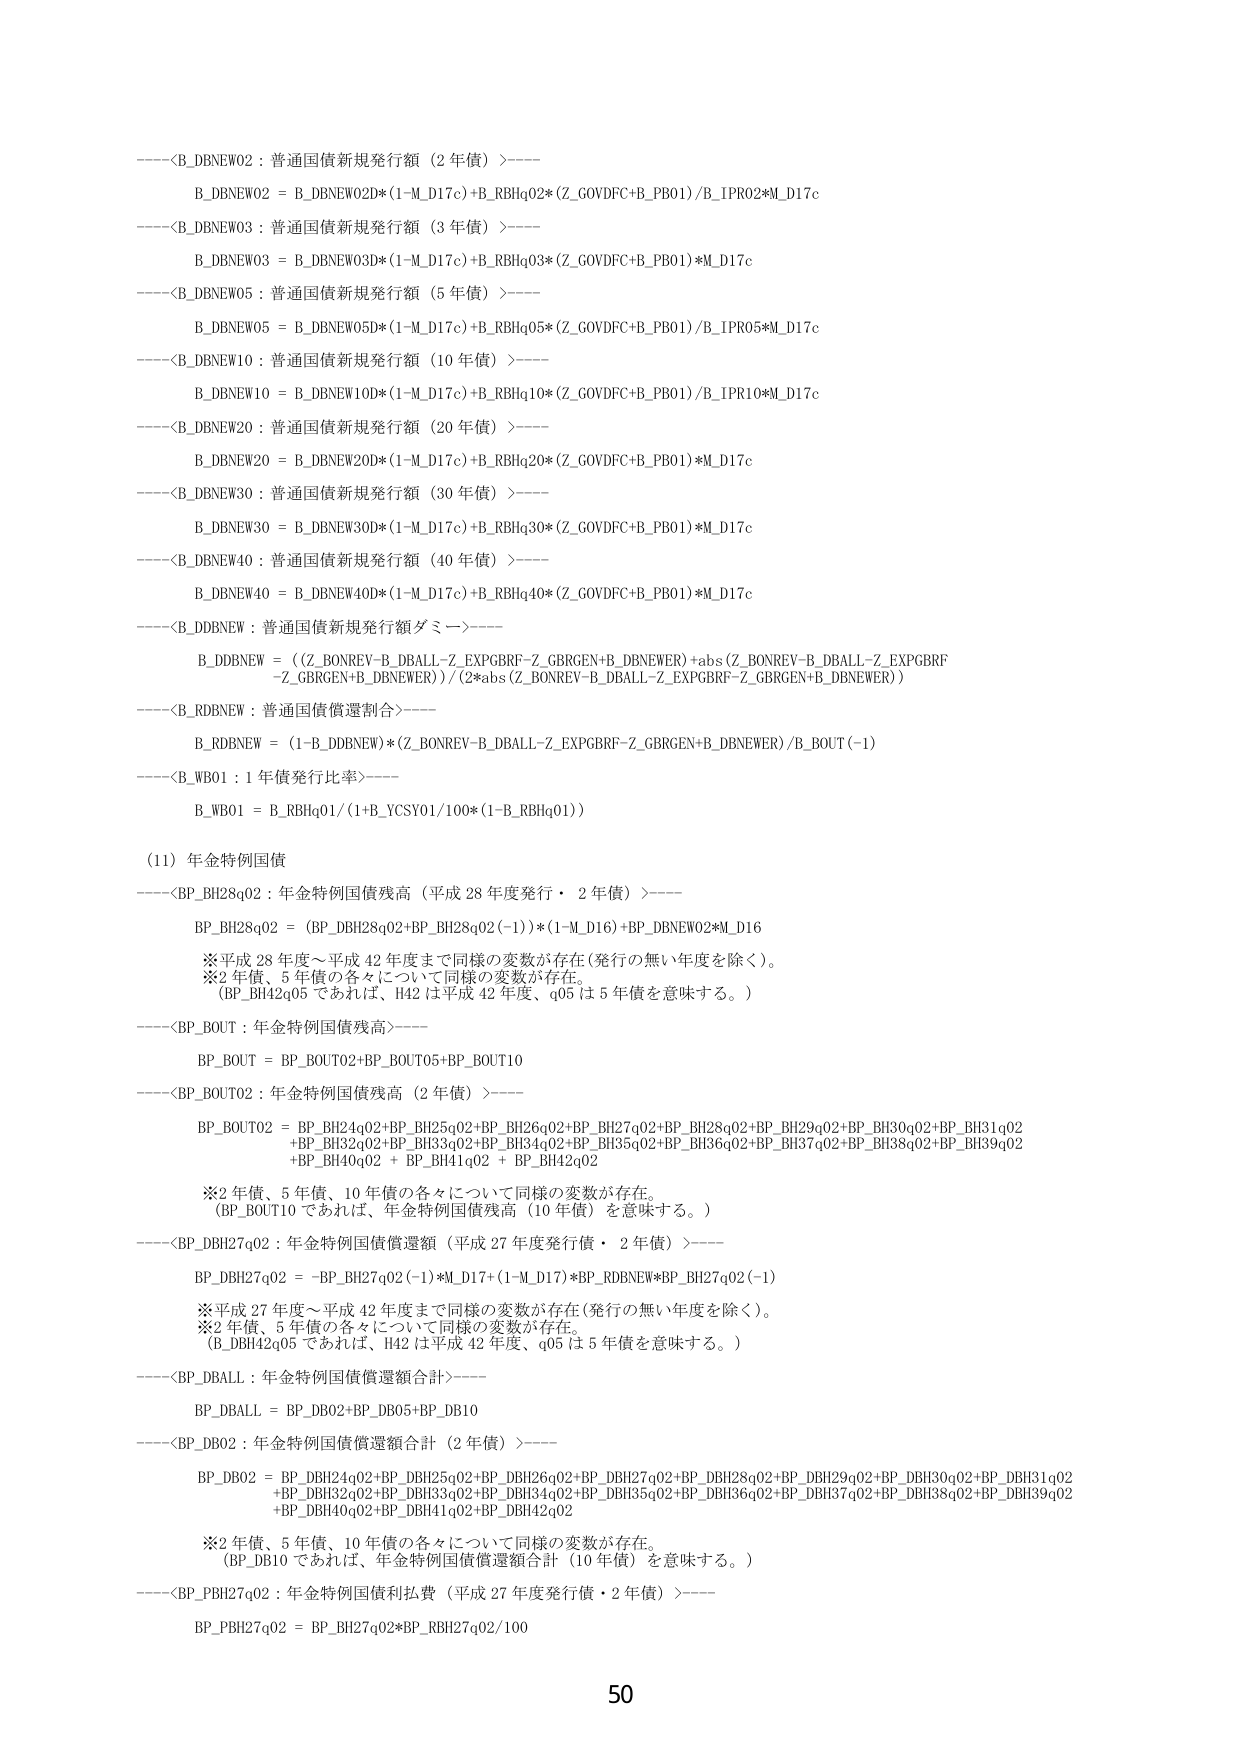
----<B_DBNEW02 : 普通国債新規発行額（2年債）>----
B_DBNEW02 = B_DBNEW02D*(1-M_D17c)+B_RBHq02*(Z_GOVDFC+B_PB01)/B_IPR02*M_D17c

----<B_DBNEW03 : 普通国債新規発行額（3年債）>----
B_DBNEW03 = B_DBNEW03D*(1-M_D17c)+B_RBHq03*(Z_GOVDFC+B_PB01)*M_D17c

----<B_DBNEW05 : 普通国債新規発行額（5年債）>----
B_DBNEW05 = B_DBNEW05D*(1-M_D17c)+B_RBHq05*(Z_GOVDFC+B_PB01)/B_IPR05*M_D17c

----<B_DBNEW10 : 普通国債新規発行額（10年債）>----
B_DBNEW10 = B_DBNEW10D*(1-M_D17c)+B_RBHq10*(Z_GOVDFC+B_PB01)/B_IPR10*M_D17c

----<B_DBNEW20 : 普通国債新規発行額（20年債）>----
B_DBNEW20 = B_DBNEW20D*(1-M_D17c)+B_RBHq20*(Z_GOVDFC+B_PB01)*M_D17c

----<B_DBNEW30 : 普通国債新規発行額（30年債）>----
B_DBNEW30 = B_DBNEW30D*(1-M_D17c)+B_RBHq30*(Z_GOVDFC+B_PB01)*M_D17c

----<B_DBNEW40 : 普通国債新規発行額（40年債）>----
B_DBNEW40 = B_DBNEW40D*(1-M_D17c)+B_RBHq40*(Z_GOVDFC+B_PB01)*M_D17c

----<B_DDBNEW : 普通国債新規発行額ダミー>----
B_DDBNEW = ((Z_BONREV-B_DBALL-Z_EXPGBRF-Z_GBRRGEN+B_DBNEWER)+abs(Z_BONREV-B_DBALL-Z_EXPGBRF-Z_GBRRGEN+B_DBNEWER))/(2*abs(Z_BONREV-B_DBALL-Z_EXPGBRF-Z_GBRRGEN+B_DBNEWER))

----<B_RDBNEW : 普通国債償還割合>----
B_RDBNEW = (1-B_DDBNEW)*(Z_BONREV-B_DBALL-Z_EXPGBRF-Z_GBRRGEN+B_DBNEWER)/B_BOUT(-1)

----<B_WB01 : 1年債発行比率>----
B_WB01 = B_RBHq01/(1+B_YCSY01/100*(1-B_RBHq01))

(11) 年金特例国債

----<BP_BH28q02 : 年金特例国債残高（平成28年度発行・2年債）>----
BP_BH28q02 = (BP_DBH28q02+BP_BH28q02(-1))*(1-M_D16)+BP_DBNEW02*M_D16
※平成28年度～平成42年度まで同様の変数が存在（発行の無い年度を除く）。
※2年債、5年債の各々について同様の変数が存在。
（BP_BH42q05であれば、H42は平成42年度、q05は5年債を意味する。）

----<BP_BOUT : 年金特例国債残高>----
BP_BOUT = BP_BOUT02+BP_BOUT05+BP_BOUT10

----<BP_BOUT02 : 年金特例国債残高（2年債）>----
BP_BOUT02 = BP_BH24q02+BP_BH25q02+BP_BH26q02+BP_BH27q02+BP_BH28q02+BP_BH29q02+BP_BH30q02+BP_BH31q02
+BP_BH32q02+BP_BH33q02+BP_BH34q02+BP_BH35q02+BP_BH36q02+BP_BH37q02+BP_BH38q02+BP_BH39q02
+BP_BH40q02 + BP_BH41q02 + BP_BH42q02
※2年債、10年債の各々について同様の変数が存在。
（BP_BOUT10であれば、年金特例国債残高（10年債）を意味する。）

----<BP_DBH27q02 : 年金特例国債償還額（平成27年度発行債・2年債）>----
BP_DBH27q02 = -BP_BH27q02(-1)*M_D17+(1-M_D17)*BP_RDBNEW*BP_BH27q02(-1)
※平成27年度～平成42年度まで同様の変数が存在（発行の無い年度を除く）。
※2年債、5年債の各々について同様の変数が存在。
（B_DBH42q05であれば、H42は平成42年度、q05は5年債を意味する。）

----<BP_DBALL : 年金特例国債償還額合計>----
BP_DBALL = BP_DB02+BP_DB05+BP_DB10

----<BP_DB02 : 年金特例国債償還額合計（2年債）>----
BP_DB02 = BP_DBH24q02+BP_DBH25q02+BP_DBH26q02+BP_DBH27q02+BP_DBH28q02+BP_DBH29q02+BP_DBH30q02+BP_DBH31q02
+BP_DBH32q02+BP_DBH33q02+BP_DBH34q02+BP_DBH35q02+BP_DBH36q02+BP_DBH37q02+BP_DBH38q02+BP_DBH39q02
+BP_DBH40q02+BP_DBH41q02+BP_DBH42q02
※2年債、10年債の各々について同様の変数が存在。
（BP_DB10であれば、年金特例国債償還額合計（10年債）を意味する。）

----<BP_PBH27q02 : 年金特例国債利払費（平成27年度発行債・2年債）>----
BP_PBH27q02 = BP_BH27q02*BP_RBH27q02/100

50